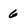
Character: 6